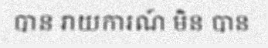
បាន រាយការណ៍ មិន បាន